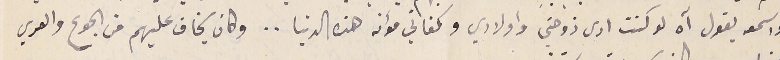
واسمعه يقول آه لو كنت ارى زوجتي واولادي وكفاتي مؤنه هذه الدنيا.. وكان يخاف عليهم من الجوع والعري